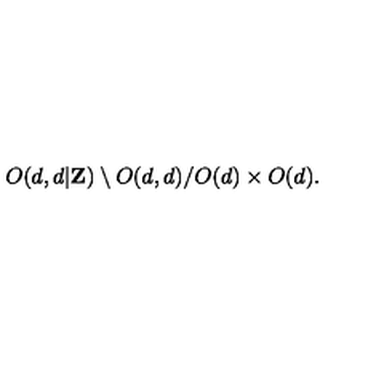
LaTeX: O ( d , d | { \bf Z } ) \setminus O ( d , d ) / O ( d ) \times O ( d ) .